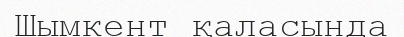
Шымкент қаласында